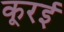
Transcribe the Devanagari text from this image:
कूरई